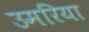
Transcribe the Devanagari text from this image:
उमरिया